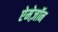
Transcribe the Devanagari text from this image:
ऐमेज़ॉन